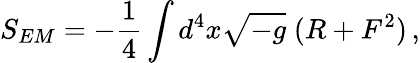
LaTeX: S_{EM}=-{\frac{1}{4}}\int d^{4}x\sqrt{-g}\; (R+F^{2})\, ,